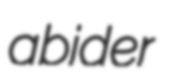
abider